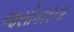
જસોકારના